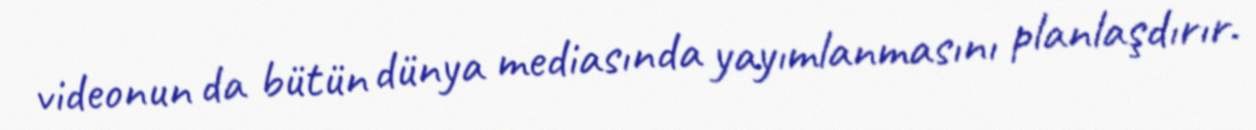
videonun da bütün dünya mediasında yayımlanmasını planlaşdırır.